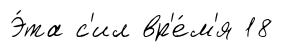
Э́та с'ил вр'е́м'я 18